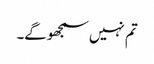
تم نہیں سمجھوگے۔